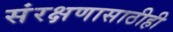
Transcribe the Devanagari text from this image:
संरक्षणासाठीही